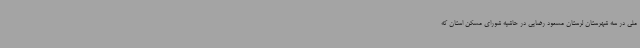
ملی در سه شهرستان لرستان مسعود رضایی در حاشیه شورای مسکن استان که